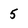
Character: 5